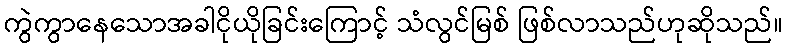
ကွဲကွာနေသောအခါငိုယိုခြင်းကြောင့် သံလွင်မြစ် ဖြစ်လာသည်ဟုဆိုသည်။